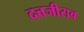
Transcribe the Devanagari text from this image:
दत्तजीराव